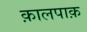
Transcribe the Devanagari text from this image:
क़ालपाक़